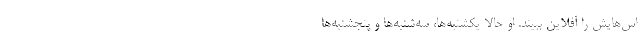
اس‌هایش را آفلاین ببیند. او حالا یکشنبه‌ها، سه‌شنبه‌ها و پنجشنبه‌ها